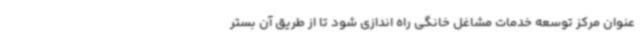
عنوان مرکز توسعه خدمات مشاغل خانگی راه اندازی شود تا از طریق آن بستر